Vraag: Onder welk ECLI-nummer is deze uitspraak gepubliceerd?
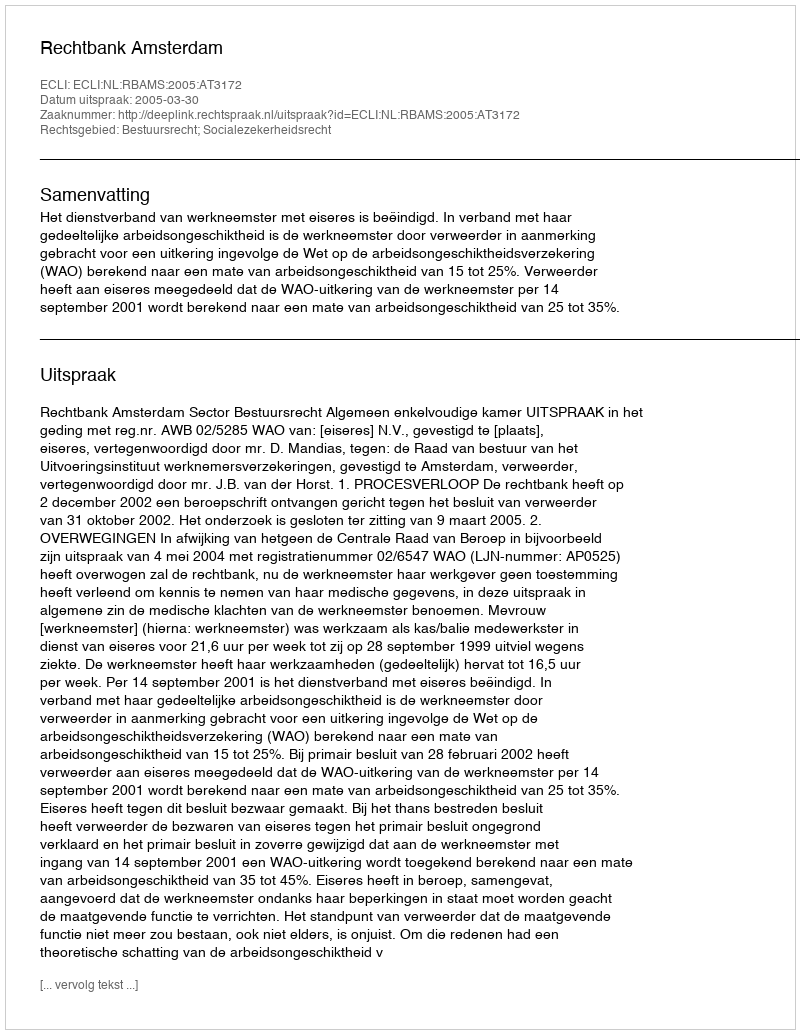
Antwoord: ECLI:NL:RBAMS:2005:AT3172